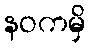
နဝကမှိ